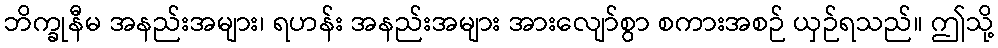
ဘိက္ခုနီမ အနည်းအများ၊ ရဟန်း အနည်းအများ အားလျော်စွာ စကားအစဉ် ယှဉ်ရသည်။ ဤသို့